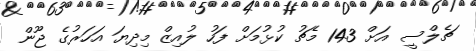
ޗެލްސީ އަށް 143 މެޗު ކުޅުމަށް ފަހު ލުއިޒް މިދިޔަ އަހަރުގެ ޖޫން